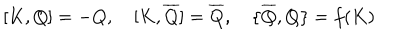
{ [ } K , Q { ] } = - Q , \quad { [ } K , \overline { { { Q } } } { ] } = \overline { { { Q } } } , \quad { \{ } \overline { { { Q } } } , Q { \} } = f ( K )